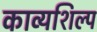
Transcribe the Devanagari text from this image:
काव्यशिल्प